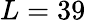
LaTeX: L=39